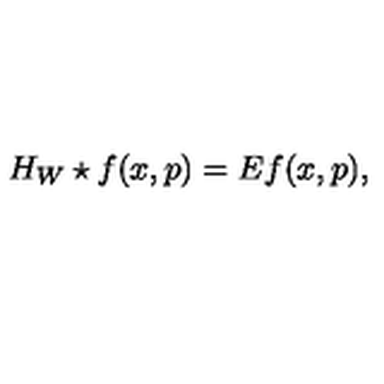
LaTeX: H _ { W } \star f ( x , p ) = E f ( x , p ) ,